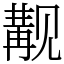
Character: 觏